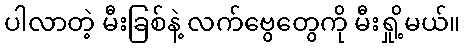
ပါလာတဲ့ မီးခြစ်နဲ့ လက်ဗွေတွေကို မီးရှို့မယ်။